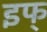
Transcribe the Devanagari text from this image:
इफ्